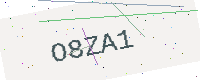
Text: O8ZA1